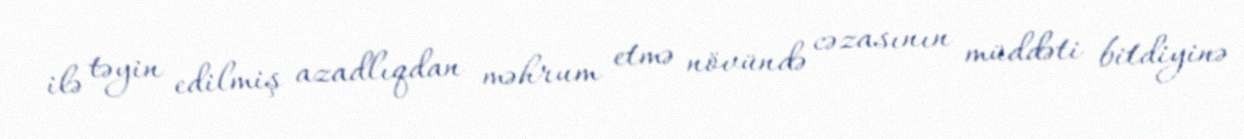
ilə təyin edilmiş azadlıqdan məhrum etmə növündə cəzasının müddəti bitdiyinə